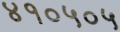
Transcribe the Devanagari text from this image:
४१०५०५